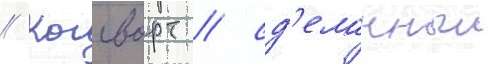
// Когсворт / сд'еланныи